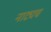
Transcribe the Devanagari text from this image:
नाट्यच